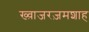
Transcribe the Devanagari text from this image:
ख्व़ाजरज़मशाह